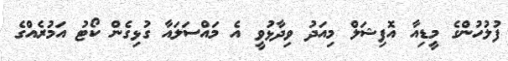
ފުލުހުންގެ މީޑިއާ އޮފިޝަލް މިއަދު ވިދާޅުވީ އެ މައްސަލައާ ގުޅިގެން ކޯޓު އަމުރެއްގެ